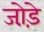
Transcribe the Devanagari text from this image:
जो़ड़े